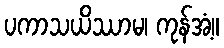
ပကာသယိဿာမ၊ ကုန်အံ့။